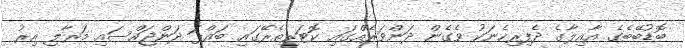
ބޮޑުބޭބެގެ އާއިލާގެ ދެފިރިހެނަކު ވެގެން ދަންވަރެއްގައި ކޮޓަރިތެރޭގައި ބައްޕަ ދަންޖައްސައި މަރާލި އިރު